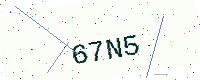
Text: 67N5